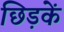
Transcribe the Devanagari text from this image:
छिड़कें